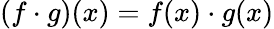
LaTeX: (f\cdot g)(x)=f(x)\cdot g(x)